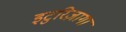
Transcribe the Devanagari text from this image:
इटुरिज़ागा